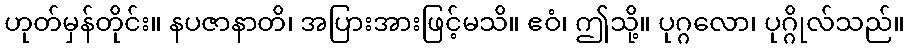
ဟုတ်မှန်တိုင်း။ နပဇာနာတိ၊ အပြားအားဖြင့်မသိ။ ဧဝံ၊ ဤသို့။ ပုဂ္ဂလော၊ ပုဂ္ဂိုလ်သည်။